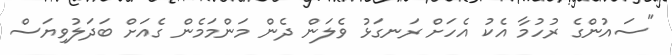
"ސައުންގެ ރުހުމާ އެކު އެހަށް ރަނގަޅު ވެލަން ދެން މަންމަމެން ގެއަށް ބަދަލުވިޔަސް